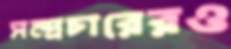
সম্প্রচারেরও